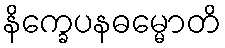
နိက္ခေပနဓမ္မောတိ